Document type: Sale
Year: 1461
Scribe: [Unknown]
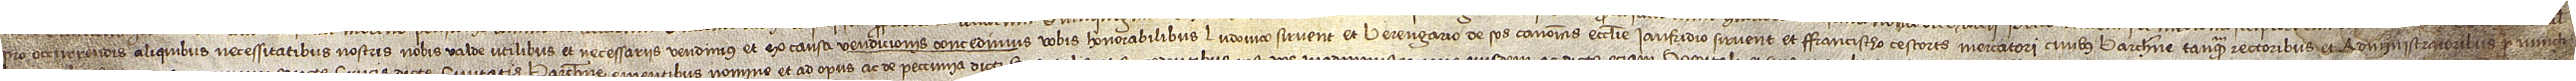
pro occurrendis aliquibus necessitatibus nostris nobis valde utilibus et necessariis; vendimus et ex causa vendicionis concedimus  vobis honorabilibus Ludovico Sirvent et Berengario de Sos, canonicis ecclesie, Iaufridio Sirvent et Francisco Cescorts, mercatori, civibus Barchinone, tanquam rectoribus et administratoribus pro nunch